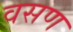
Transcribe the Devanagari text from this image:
वसण